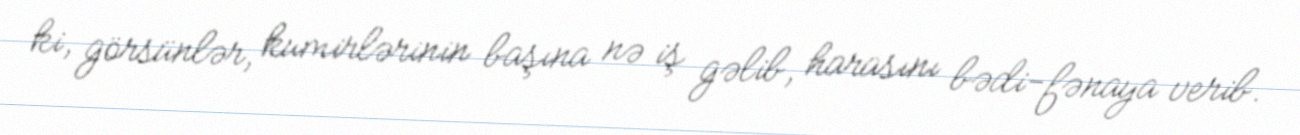
ki, görsünlər, kumirlərinin başına nə iş gəlib, harasını bədi-fənaya verib.